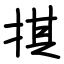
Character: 掑